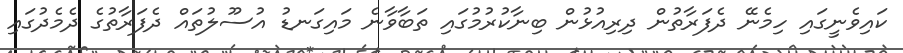
ކައިވެނީގައި ހިމެނޭ ދެފަރާތުން ދިރިއުޅުން ބިނާކުރުމުގައި ތަބާވާނެ މައިގަނޑު އުސޫލުތައް ދެފަރާތުގެ ދެމެދުގައި